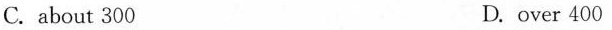
C. about 300 D. over 400